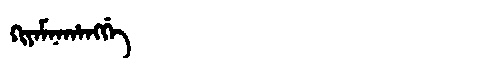
Manchu: ᡴᡳᠶᠠᠮᠨᠠᡥᠠᠩᡤᡝ
Romanization: KIYAMNAHANGGE